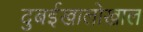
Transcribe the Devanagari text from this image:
दुबईखालोखाल